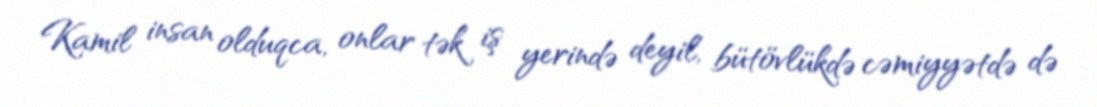
Kamil insan olduqca, onlar tək iş yerində deyil, bütövlükdə cəmiyyətdə də